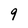
Character: 9